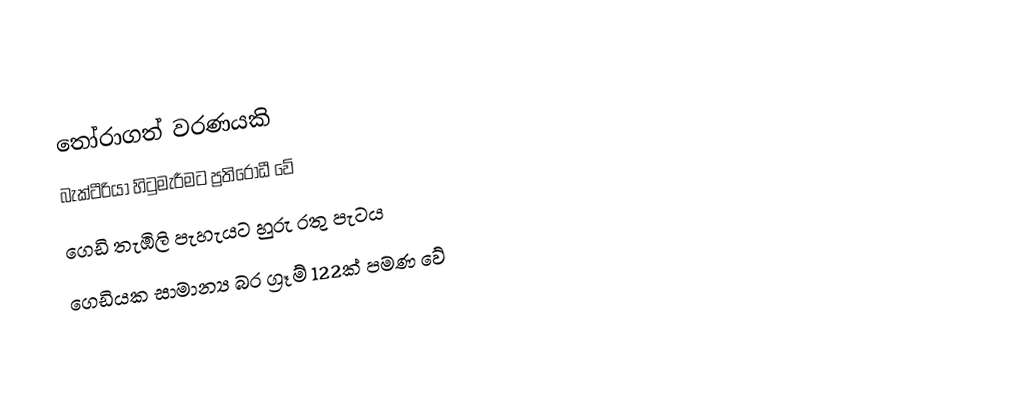
තෝරාගත් වරණයකි
 බැක්ටීරියා හිටුමැරීමට ප්‍රතිරෝධී වේ
 ගෙඩි තැඹිලි පැහැයට හුරු රතු පැටය
 ගෙඩියක සාමාන්‍ය බර ග්‍රෑම් 122ක් පමණ වේ